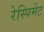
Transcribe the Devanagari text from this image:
रेस्पिमेट